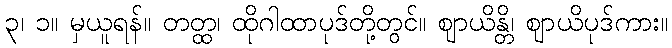
၃၊ ၁။ မှယူရန်။ တတ္ထ၊ ထိုဂါထာပုဒ်တို့တွင်။ ဈာယိန္တိ၊ ဈာယိပုဒ်ကား။